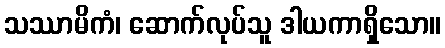
သဿာမိကံ၊ ဆောက်လုပ်သူ ဒါယကာရှိသော။